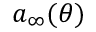
a _ { \infty } ( \theta )